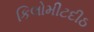
કિલોમીટદીઠ